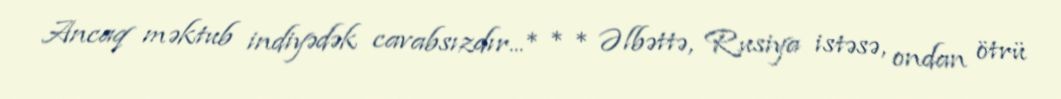
Ancaq məktub indiyədək cavabsızdır...* * * Əlbəttə, Rusiya istəsə, ondan ötrü